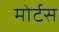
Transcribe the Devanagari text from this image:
मोर्टस